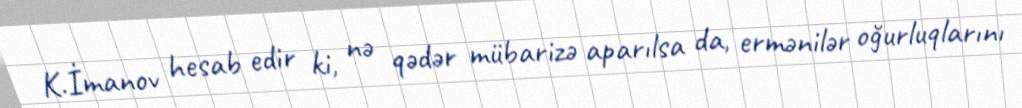
K.İmanov hesab edir ki, nə qədər mübarizə aparılsa da, ermənilər oğurluqlarını